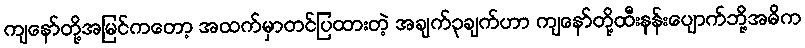
ကျနော်တို့အမြင်ကတော့ အထက်မှာတင်ပြထားတဲ့ အချက်၃ချက်ဟာ ကျနော်တို့ထီးနန်းပျောက်ဘို့အဓိက